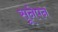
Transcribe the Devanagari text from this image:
सूनेपन